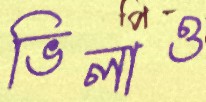
ভিলাও